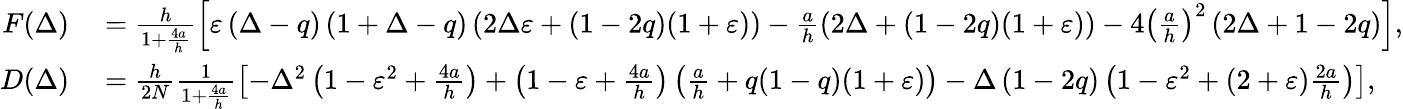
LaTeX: \begin{array}{rl}{F(\Delta)}&{{}=\frac{h}{1+\frac{4a}{h}}\left[\varepsilon\left(\Delta-q\right)\left(1+\Delta-q\right)\left(2\Delta\varepsilon+\left(1-2q\right)(1+\varepsilon)\right)-\frac{a}{h}\left(2\Delta+\left(1-2q\right)(1+\varepsilon)\right)-4\left(\frac{a}{h}\right)^{2}\left(2\Delta+1-2q\right)\right],}\\ {D(\Delta)}&{{}=\frac{h}{2N}\frac{1}{1+\frac{4a}{h}}\left[-\Delta^{2}\left(1-\varepsilon^{2}+\frac{4a}{h}\right)+\left(1-\varepsilon+\frac{4a}{h}\right)\left(\frac{a}{h}+q(1-q)(1+\varepsilon)\right)-\Delta\left(1-2q\right)\left(1-\varepsilon^{2}+(2+\varepsilon)\frac{2a}{h}\right)\right],}\end{array}